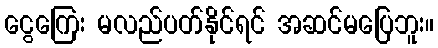
ငွေကြေး မလည်ပတ်နိုင်ရင် အဆင်မပြေဘူး။